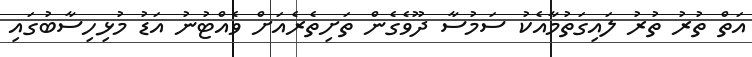
އަތް ތުރު ތުރު ލައިގަތުމާއެކު ސަމުސާ ދޫވެގެން ތަށިތެރެއަށް ވެއްޓުނު އަޑު މުޅިހިސާބުގައި